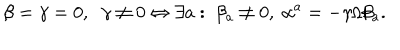
\beta = \gamma = 0 , \; \; \gamma \neq 0 \Leftrightarrow \exists a : \; \beta _ { a } \neq 0 , \; \alpha ^ { a } = - \gamma / \beta _ { a } .